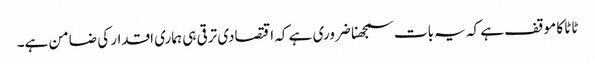
ٹاٹا کا موقف ہے کہ یہ بات سمجھنا ضروری ہے کہ اقتصادی ترقی ہی ہماری اقدار کی ضامن ہے۔